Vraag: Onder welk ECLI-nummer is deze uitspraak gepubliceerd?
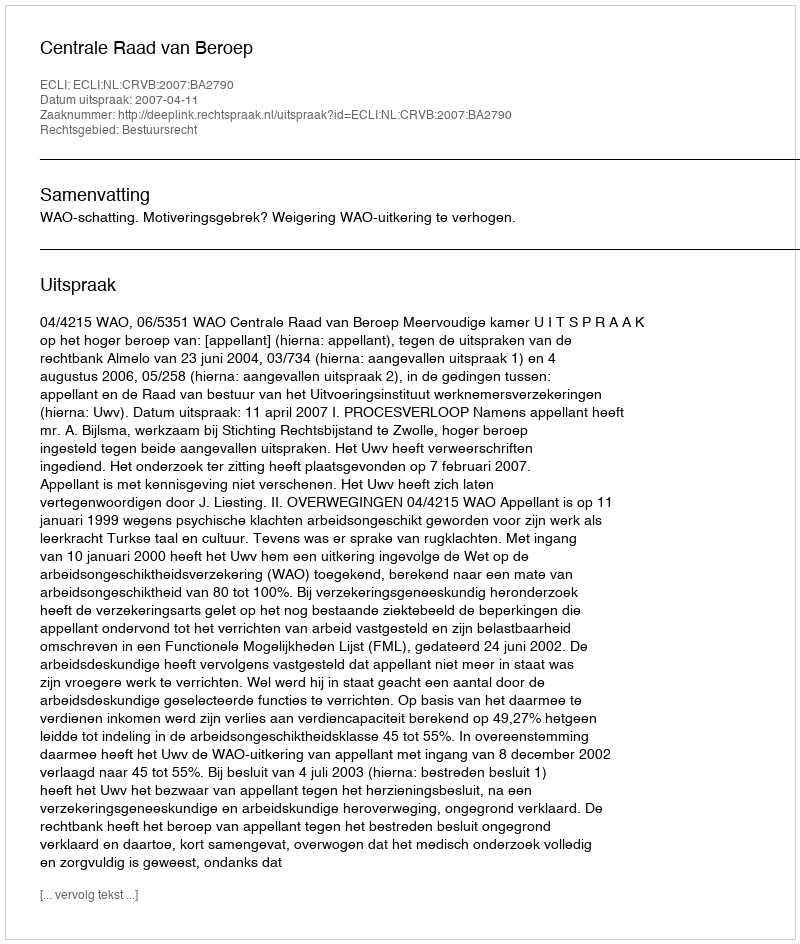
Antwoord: ECLI:NL:CRVB:2007:BA2790